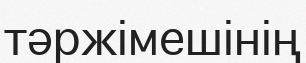
тәржімешінің